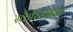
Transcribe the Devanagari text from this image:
स्कैरिसब्रिक